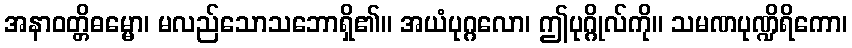
အနာဝတ္တိဓမ္မော၊ မလည်သောသဘောရှိ၏။ အယံပုဂ္ဂလော၊ ဤပုဂ္ဂိုလ်ကို။ သမဏပုဏ္ဍိရိကော၊